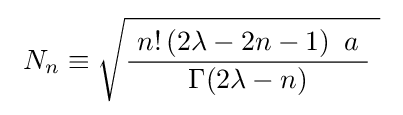
~N_{n}\equiv {\sqrt {{\frac {\ n!\left(2\lambda -2n-1\right)\ a\ }{\ \Gamma (2\lambda -n)\ }}\ }}~